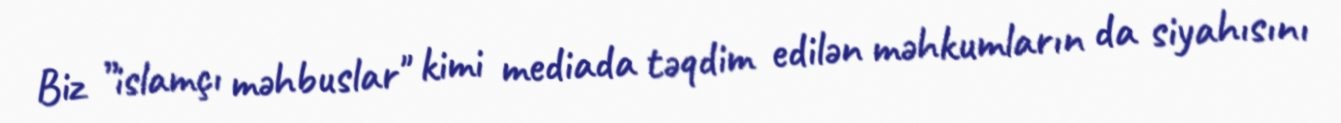
Biz ”islamçı məhbuslar" kimi mediada təqdim edilən məhkumların da siyahısını